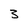
Character: 3